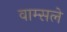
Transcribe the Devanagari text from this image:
वाम्सले